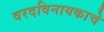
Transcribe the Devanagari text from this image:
वरदविनायकाचे